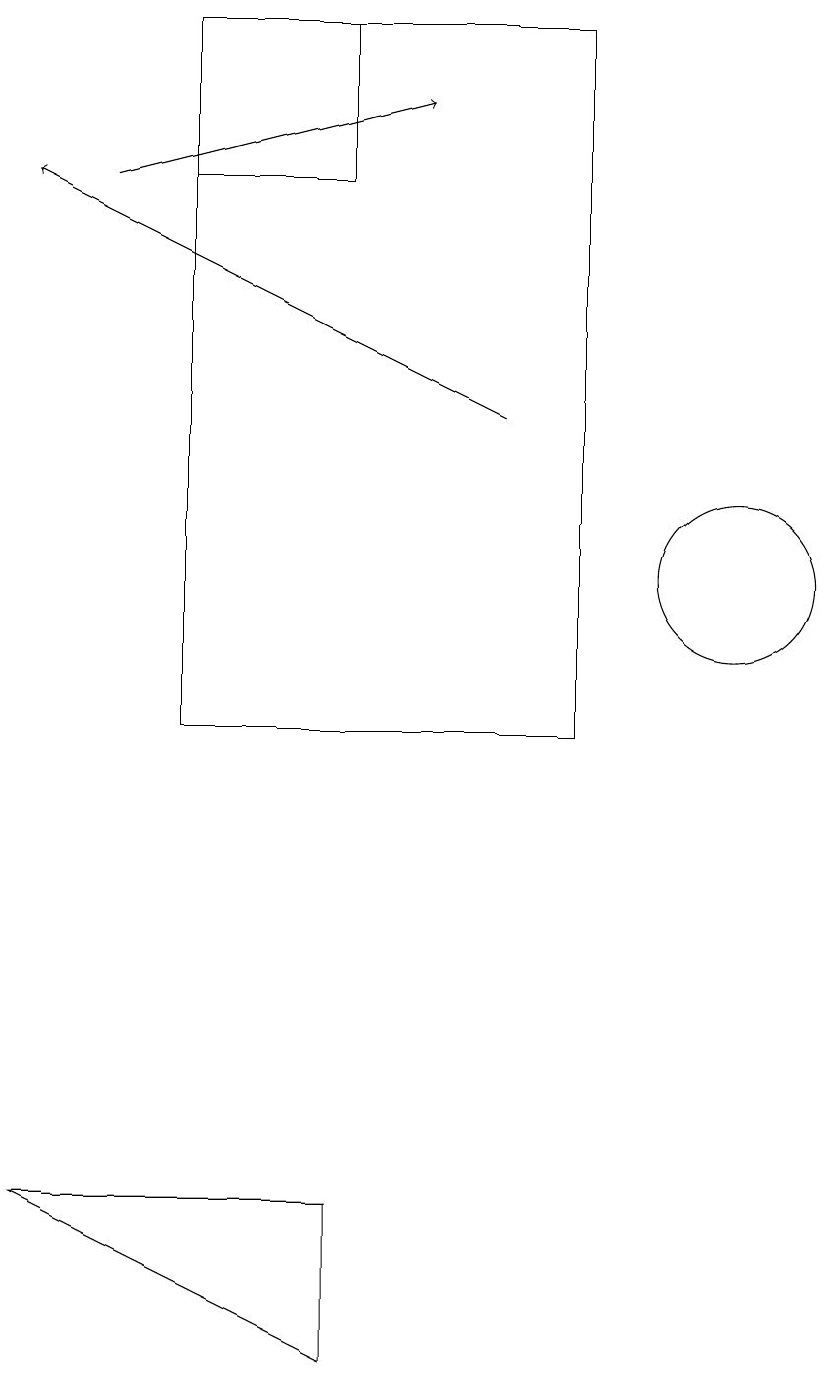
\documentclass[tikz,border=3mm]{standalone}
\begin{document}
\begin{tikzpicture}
\draw (6,4) -- (6,2) -- (2,4) -- cycle;
\draw (6,17) rectangle (4,19);
\draw (11,12) circle (1);
\draw (9,19) rectangle (4,10);
\draw[->] (8,14) -- (2,17);
\draw[->] (3,17) -- (7,18);
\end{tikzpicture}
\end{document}